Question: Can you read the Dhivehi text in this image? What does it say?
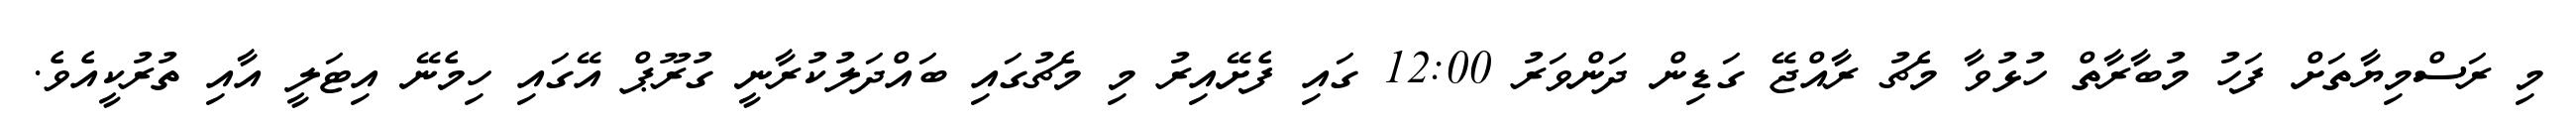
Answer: މި ރަސްމިޔާތަށް ފަހު މުބާރާތް ހުޅުވާ މެޗު ރާއްޖޭ ގަޑިން ދަންވަރު 12:00 ގައި ފެށޭއިރު މި މެޗުގައި ބައްދަލުކުރާނީ ގުރޫޕް އޭގައި ހިމެނޭ އިޓަލީ އާއި ތުރުކީއެވެ.